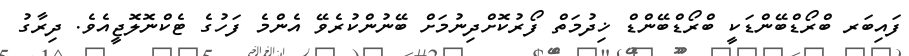
ފައިބަރ ބްރޯޑްބޭންޑަކީ ބްރޯޑްބޭންޑް ޚިދުމަތް ފޯރުކޮށްދިނުމަށް ބޭނުންކުރެވޭ އެންމެ ފަހުގެ ޓެކްނޮލޮޖީއެވެ. ދިރާގު